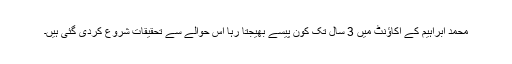
محمد ابراہیم کے اکاؤنٹ میں 3 سال تک کون پیسے بھیجتا رہا اس حوالے سے تحقیقات شروع کردی گئی ہیں۔